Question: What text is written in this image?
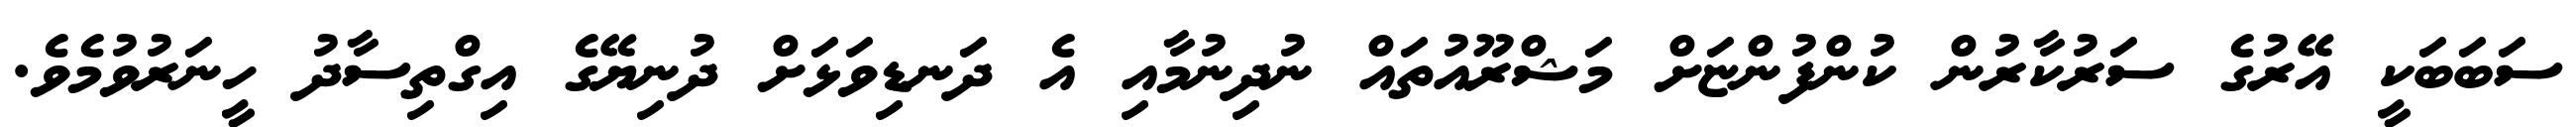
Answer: ސަބަބަކީ އޭރުގެ ސަރުކާރުން ކުންފުންޏަށް މަޝްރޫއުތައް ނުދިނުމާއި އެ ދަނޑިވަޅަށް ދުނިޔޭގެ އިގްތިސާދު ހީނަރުވުމެވެ.